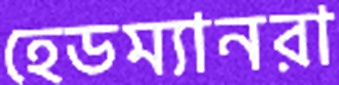
হেডম্যানরা